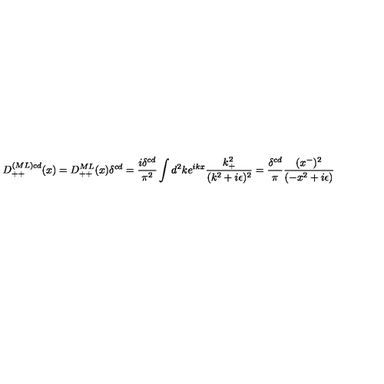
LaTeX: D _ { + + } ^ { ( M L ) c d } ( x ) = D _ { + + } ^ { M L } ( x ) \delta ^ { c d } = { \frac { i \delta ^ { c d } } { \pi ^ { 2 } } } \int d ^ { 2 } k e ^ { i k x } { \frac { k _ { + } ^ { 2 } } { ( k ^ { 2 } + i \epsilon ) ^ { 2 } } } = { \frac { \delta ^ { c d } } { \pi } } { \frac { ( x ^ { - } ) ^ { 2 } } { ( - x ^ { 2 } + i \epsilon ) } } \